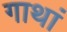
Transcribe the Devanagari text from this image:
गाथां